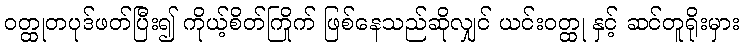
ဝတ္ထုတပုဒ်ဖတ်ပြီး၍ ကိုယ့်စိတ်ကြိုက် ဖြစ်နေသည်ဆိုလျှင် ယင်းဝတ္ထု နှင့် ဆင်တူရိုးမှား